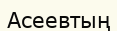
Асеевтың